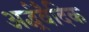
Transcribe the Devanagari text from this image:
अर्द्धवैदिक